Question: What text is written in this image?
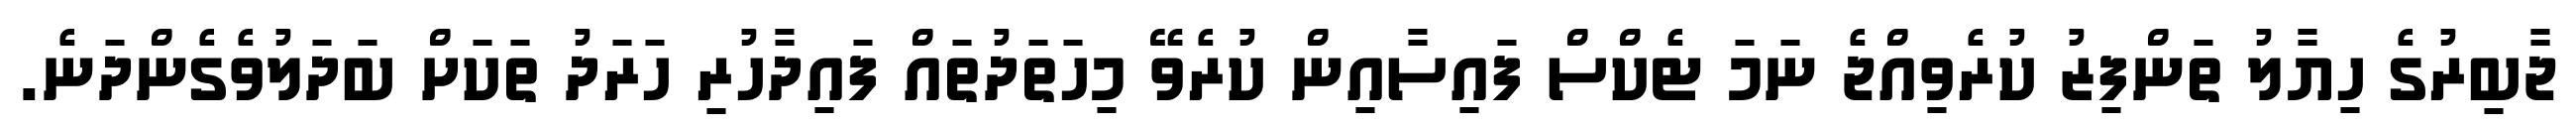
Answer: ޖާބިރުގެ ހިޔާލު ތަންފިޒު ކުރެވިއްޖެ ނަމަ ޓެކްސް ފައިސާއިން ކުރެވޭ މިހަތަދުތައް ފައިދާހުރި ހަރަދު ތަކަށް ބަދަލުވެގެންދަނެ.